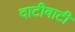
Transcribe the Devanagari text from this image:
दाटीवाटी